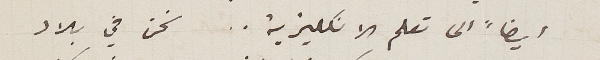
ايضاً الى تعلم الانكليزية.. نحن في بلاد